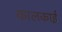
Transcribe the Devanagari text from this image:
कालकाई